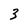
Character: 3